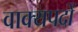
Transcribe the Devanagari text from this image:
वाक्यपदों